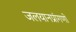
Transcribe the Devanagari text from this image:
जलयानप्रांगणों